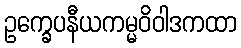
ဥက္ခေပနီယကမ္မဝိဝါဒကထာ